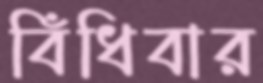
বিঁধিবার